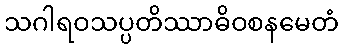
သဂါရဝသပ္ပတိဿာဓိဝစနမေတံ